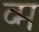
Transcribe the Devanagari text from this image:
व्म